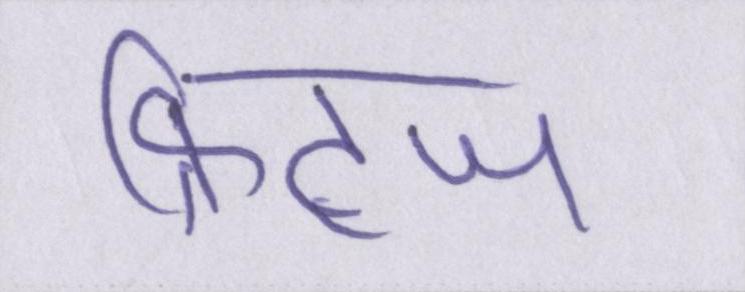
फ्रिट्ज